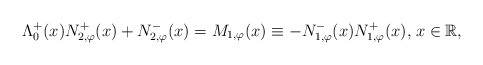
\begin{align*} \Lambda^{+}_{0}(x) N_{2,\varphi}^{+}(x) + N_{2,\varphi}^{-}(x) = {{M}_{1,\varphi}(x)\equiv - N_{1,\varphi}^{-}(x) N_{1,\varphi}^{+}(x),}\; x\in {\mathbb R},\end{align*}